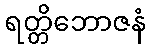
ရတ္တိဘောဇနံ